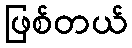
ဖြစ်တယ်